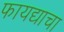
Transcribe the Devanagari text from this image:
फायद्याचा